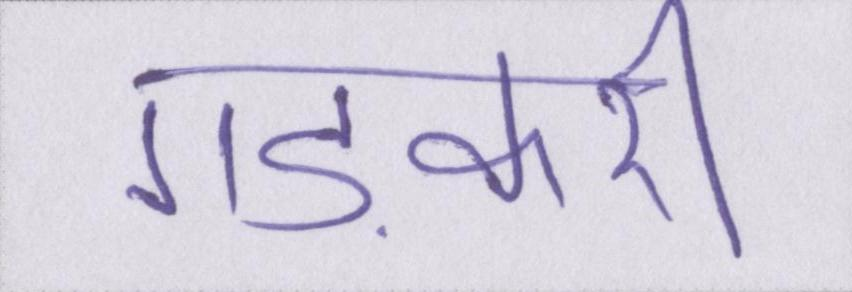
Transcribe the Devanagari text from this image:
गड़करी